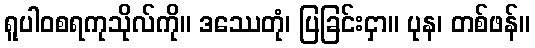
ရူပါဝစရကုသိုလ်ကို။ ဒဿေတုံ၊ ပြခြင်းငှာ။ ပုန၊ တစ်ဖန်။